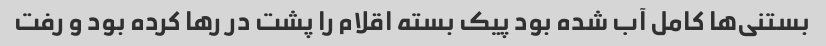
بستنی‌ها کامل آب شده بود پیک بسته اقلام را پشت در رها کرده بود و رفت